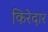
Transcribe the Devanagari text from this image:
किरेदार